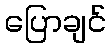
ပြောချင်